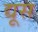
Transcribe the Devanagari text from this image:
द्यूस